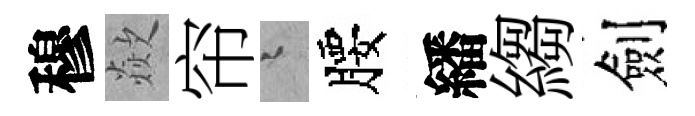
穆歘帘迢腰繙縐劍